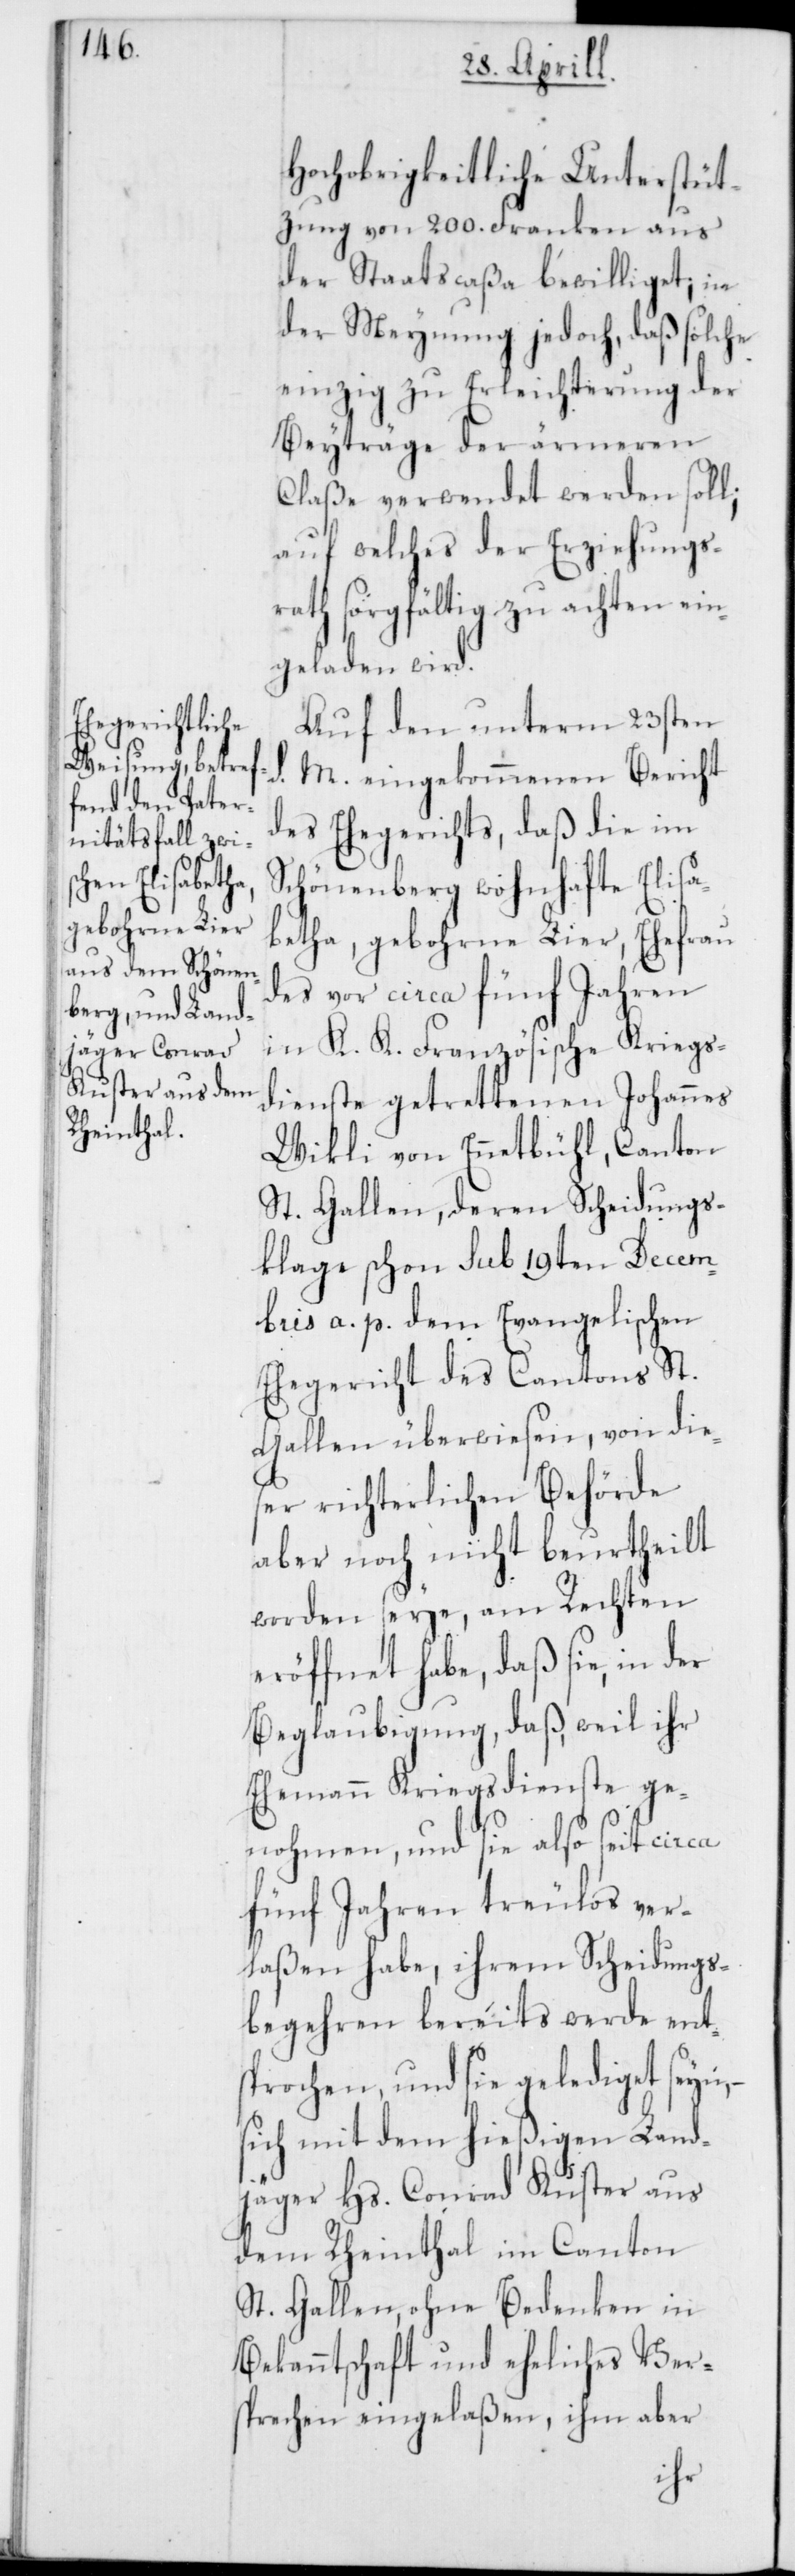
Hochobrigkeitliche Unterstüt¬
zung von 200. Franken aus
der Staatscaßa bewilliget; in
der Meynung jedoch, daß solche
einzig zu Erleichterung der
Beyträge der ärmeren
Claße verwendet werden soll;
auf welches der Erziehungs¬
rath sorgfältig zu achten ein¬
geladen wird.
Auf den unterm 23sten
d.
M. eingekommenen Bericht
des Ehegerichts, daß die im
Schönenberg wohnhafte Elisa¬
betha, gebohrne Lier, Ehefrau
des vor circa fünf Jahren
in K. K. Französische Kriegs¬
dienste getrettenen Johannes
Wikli von Ennetbühl, Canton
St. Gallen, deren Scheidungs¬
klage schon sub 19ten Decem¬
bris a. p. dem Evangelischen
Ehegericht des Cantons St.
Gallen überwiesen, von die¬
ser richterlichen Behörde
aber noch nicht beurtheilt
worden seye, am Rechten
eröffnet habe, daß sie, in der
Beglaubigung, daß, weil ihr
Ehemann Kriegsdienste ge¬
nohmen, und sie also seit circa
fünf Jahren treulos ver¬
laßen habe, ihrem Scheidungs¬
begehren bereits werde ent¬
sprochen, und sie gelediget seyn,
sich mit dem hießigen Land¬
jäger Hs. Conrad Kuster aus
dem Rheinthal im Canton
St. Gallen, ohne Bedenken in
Bekanntschaft und eheliches Vers¬
prechen eingelaßen, ihm aber